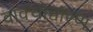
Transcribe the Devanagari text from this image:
वाक्योच्चारण